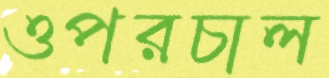
ওপরচাল